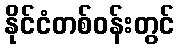
နိုင်ငံတစ်ဝန်းတွင်